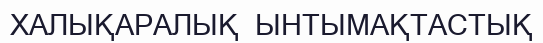
ХАЛЫҚАРАЛЫҚ  ЫНТЫМАҚТАСТЫҚ